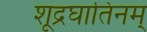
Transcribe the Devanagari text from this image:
शूद्रघातिनम्